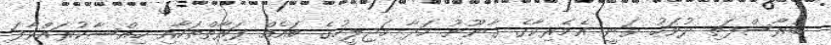
ބުރާސްފަތި ދުވަހު ވަނީ އެމެރިކާގެ ގާނޫނު ހަދާ މަޖިލީހުގެ ބައެއް ފަރާތްތަކާއި ހިއްސާކުރައްވާފަ